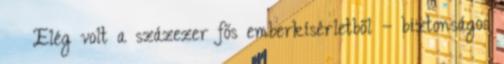
› ›Elég volt a százezer fős emberkísérletből – biztonságos